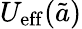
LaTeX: U_{\mathrm{eff}}({\tilde{a}})